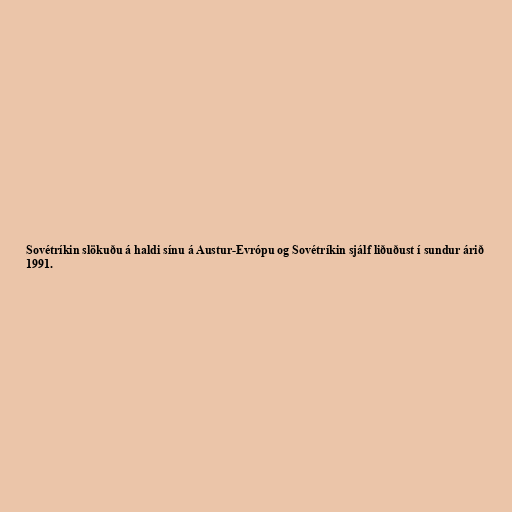
Sovétríkin slökuðu á haldi sínu á Austur-Evrópu og Sovétríkin sjálf liðuðust í sundur árið
1991.